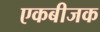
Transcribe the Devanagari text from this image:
एकबीजक